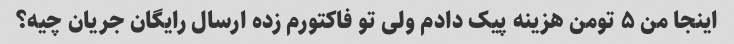
اینجا من ۵ تومن هزینه پیک دادم ولی تو فاکتورم زده ارسال رایگان جریان چیه؟